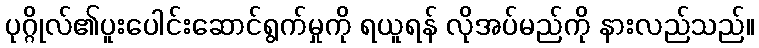
ပုဂ္ဂိုလ်၏ပူးပေါင်းဆောင်ရွက်မှုကို ရယူရန် လိုအပ်မည်ကို နားလည်သည်။